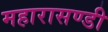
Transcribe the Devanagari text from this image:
महारासण्डी